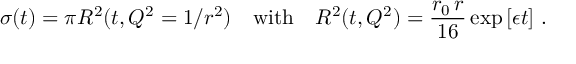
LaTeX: \sigma ( t ) = \pi R ^ { 2 } ( t , Q ^ { 2 } = 1 / r ^ { 2 } ) \quad \mathrm { w i t h } \quad R ^ { 2 } ( t , Q ^ { 2 } ) = { \frac { r _ { 0 } \, r } { 1 6 } } \exp \left[ \epsilon t \right] \, .